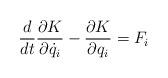
LaTeX: \begin{align*} \frac{d}{dt}\frac{\partial K}{\partial \dot{q}_{i}}-\frac{\partial K}{\partial q_{i}}=F_{i}\end{align*}